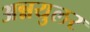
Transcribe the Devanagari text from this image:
अन्नयुलर